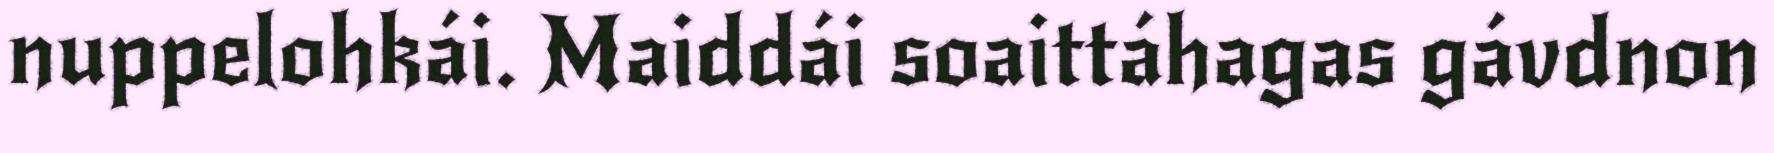
nuppelohkái. Maiddái soaittáhagas gávdnon